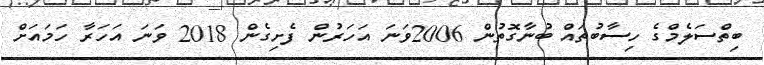
ބިތްސަލެމްގެ ހިސާބުތައް ބުނާގޮތުން 2006ވަނަ އަހަރުން ފެށިގެން 2018 ވަނަ އަހަރާ ހަމައަށް